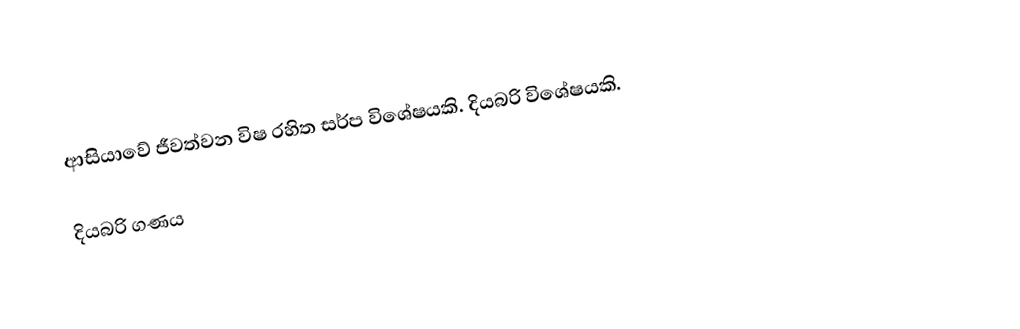
ආසියාවේ ජීවත්වන විෂ රහිත සර්ප විශේෂයකි. දියබරි විශේෂයකි.

දියබරි ගණය